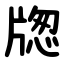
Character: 牎